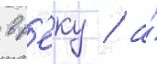
в р'еку / а́